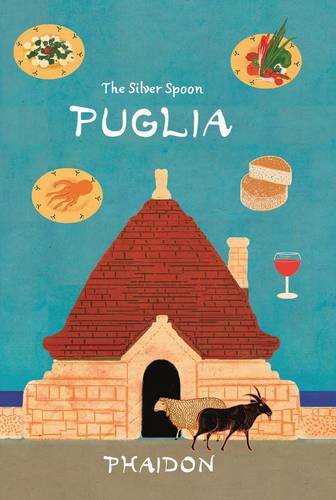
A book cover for Puglia (The Silver Spoon's); The Silver Spoon Kitchen; Cookbooks, Food & Wine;